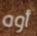
أوه